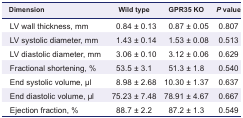
| Dimension | Wild type | GPR35 KO | P value |
 | --- | --- | --- | --- |
 | LV wall thickness, mm | 0.84 ± 0.13 | 0.87 ± 0.05 | 0.807 |
 | LV systolic diameter, mm | 1.43 ± 0.14 | 1.53 ± 0.08 | 0.513 |
 | LV diastolic diameter, mm | 3.06 ± 0.10 | 3.12 ± 0.06 | 0.629 |
 | Fractional shortening, % | 53.5 ± 3.1 | 51.3 ± 1.8 | 0.540 |
 | End systolic volume, μl | 8.98 ± 2.68 | 10.30 ± 1.37 | 0.637 |
 | End diastolic volume, μl | 75.23 ± 7.48 | 78.91 ± 4.67 | 0.667 |
 | Ejection fraction, % | 88.7 ± 2.2 | 87.2 ± 1.3 | 0.549 |